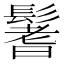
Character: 鬐